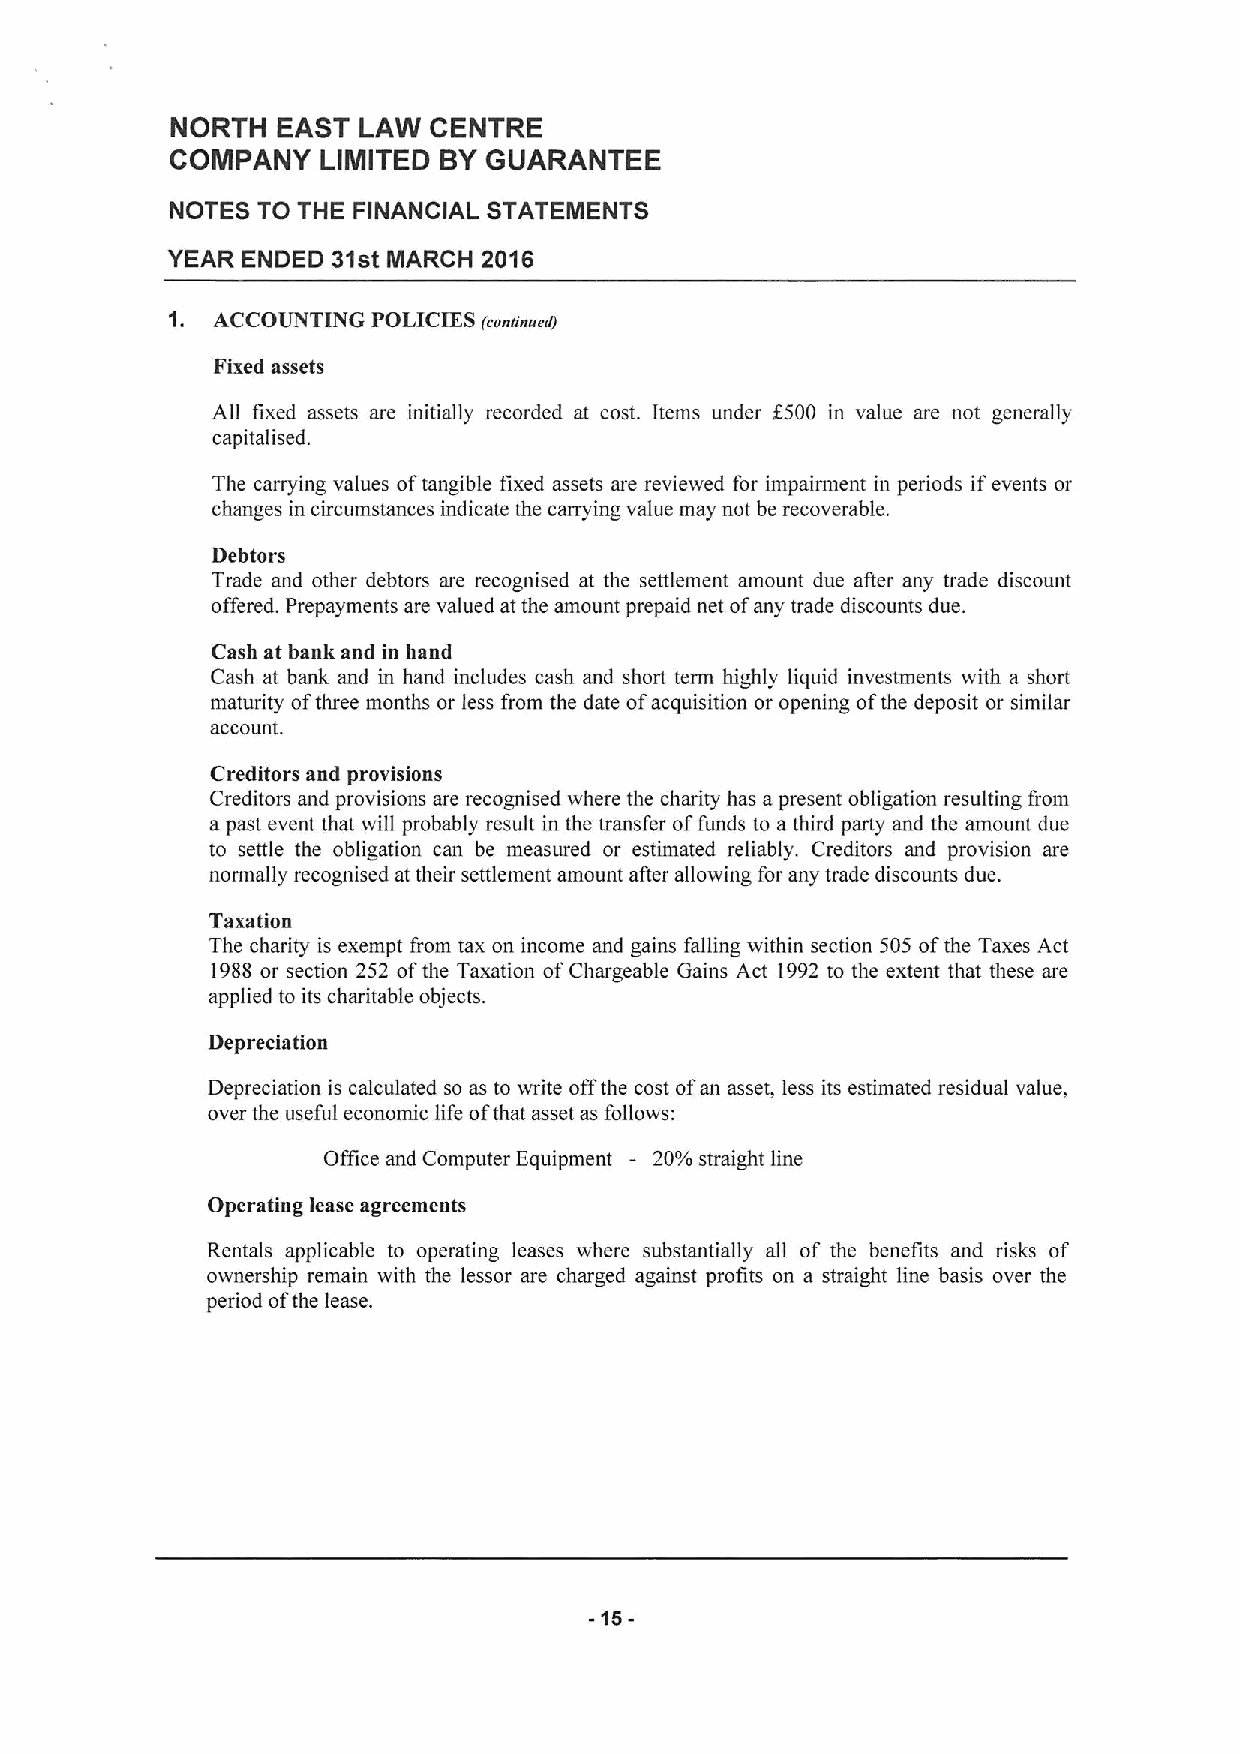
NORTH  EAST  LAW CENTRE
 COMPANY   LIMITED BYGUARANTEE
 NOTES TO THE FINANCIAL STATEMENTS
 YEAR ENDED 31st MARCH 2016
 1. ACCOUNTING POLICIES (conanuedj
 Fixed assets
 All fixed assets are initially recorded at cost. Items under f500 in value are not generally
 capitalised.
 The carrying values oftangible fixed assets are reviewed for impairment in periods ifevents or
 changes in circumstances indicate the carrying value may not be recoverable.
 Debtors
 Trade and other debtors are recognised at the settlement amount due after any trade discount
 offered. Prepayments are valued at the amount prepaid net ofany trade discounts due.
 Cash at bank and in hand
 Cash at bank and in hand includes cash and short term highly liquid investments with a short
 maturity ofthree months or less from the date ofacquisition or opening ofthe deposit or similar
 account.
 Creditors and provisions
 Creditors and provisions are recognised where the charity has a present obligation resulting from
 a past event that wig probably result in the transfer offunds to a third party and the amount due
 to settle the obligation can be measured or estimated reliably. Creditors and provision are
 normally recognised at their settlement amount after agowing for any trade discounts due.
 Taxation
 The charity is exempt from tax on income and gains falling within section 505 ofthe Taxes Act
 1988 or section 252 ofthe Taxation ofChargeable Gains Act 1992to the extent that these are
 applied to its charitable objects.
 Depreciation
 Depreciation is calculated so as to write offthe cost ofan asset, less its estimated residual value,
 over the useful economic life ofthat asset as follows:
 Office and Computer Equipment - 20%straight line
 Operating lease agreements
 Rentals applicable to operating leases where substantially all of the benefits and risks of
 ownership remain with the lessor are charged against profits on a straight line basis over the
 period ofthe lease.
 -15-